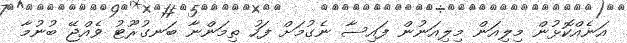
އަނެއްކޮޅުން މިލިއަން މިލިއަނުން ފައިސާ ނެގުމަށް ފަހު ތިމަންނާ ބަނގުރޫޓު ވެއްޖޭ ބުނުމާ